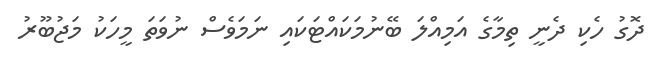
ދޮގު ހެކި ދެނީ ތިމާގެ އަމިއްލަ ބޭނުމަކައްޓަކައި ނަމަވެސް ނުވަތަ މީހަކު މަޖުބޫރު